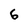
Character: 6